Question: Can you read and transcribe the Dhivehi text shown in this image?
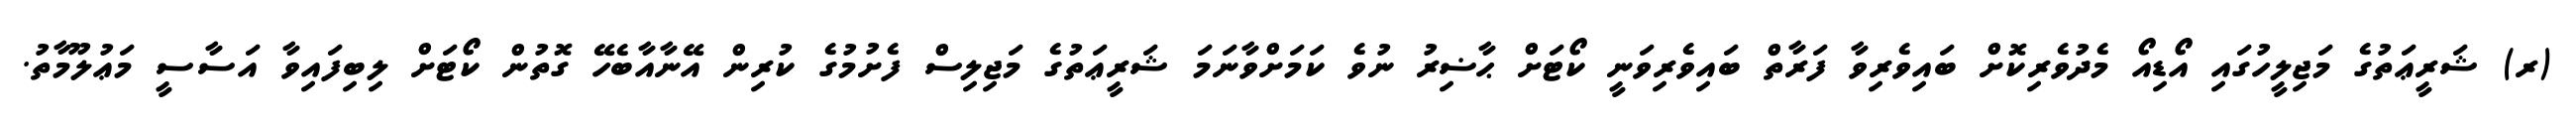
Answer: (ރ) ޝަރީޢަތުގެ މަޖިލީހުގައި އޯޑިއޯ މެދުވެރިކޮށް ބައިވެރިވާ ފަރާތް ބައިވެރިވަނީ ކޯޓަށް ޙާޟިރު ނުވެ ކަމަށްވާނަމަ ޝަރީޢަތުގެ މަޖިލިސް ފެށުމުގެ ކުރިން އޭނާއާބެހޭ ގޮތުން ކޯޓަށް ލިބިފައިވާ އަސާސީ މަޢުލޫމާތު.